Indian journal of veterinary science and animal husbandry - Volume 12,
Year: 1942
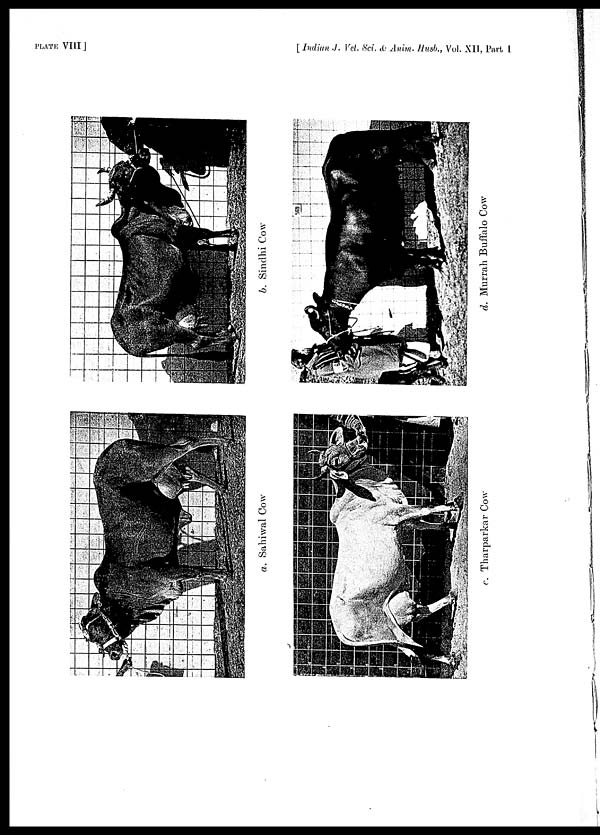
PLATE VIII ]
[ Indian J. Vet. Sci. & Anim. Husb., Vol. XII, Part I
a. Sahiwal Cow
b. Sindhi Cow
c. Tharparkar Cow
d. Murrah Buffalo Cow